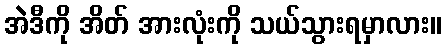
အဲဒီကို အိတ် အားလုံးကို သယ်သွားရမှာလား။